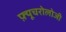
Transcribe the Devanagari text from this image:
फ़्यूचरोलोजी